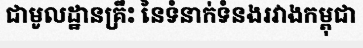
ជាមូលដ្ឋានគ្រឹះ នៃទំនាក់ទំនងរវាងកម្ពុជា